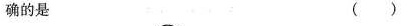
确的是 ( )